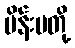
မိန်းမတို့